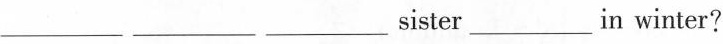
___ ___ ___ sister ___ in winter?